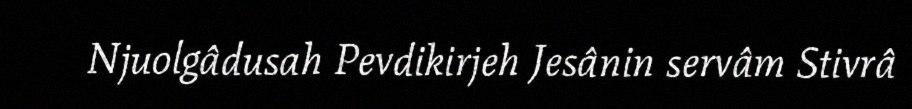
Njuolgâdusah Pevdikirjeh Jesânin servâm Stivrâ